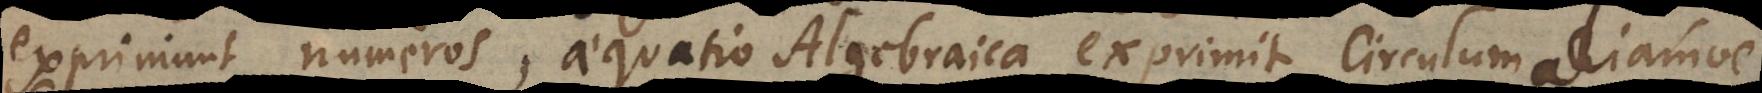
exprimunt numeros, aequatio Algebraica exprimit circulum aliamve